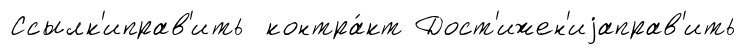
Ссылк'иправ'ить контра́кт Дост'ижен'иjаправ'ить